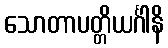
သောတာပတ္တိယင်္ဂါနိ